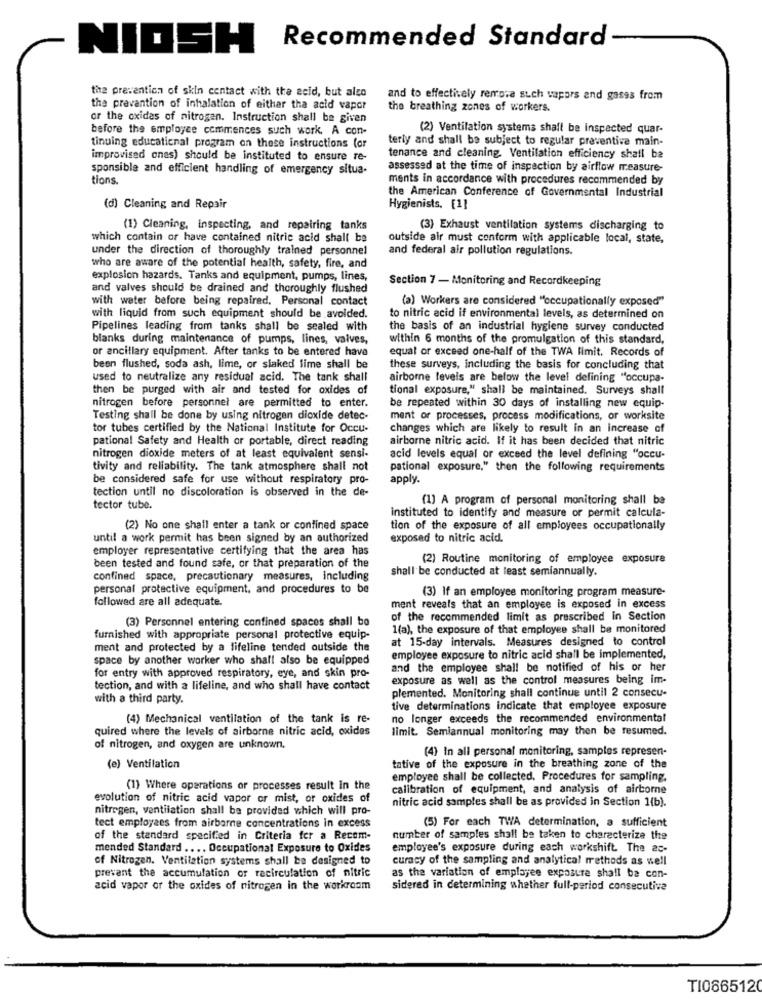
Recommended Standard
NIOSH
the prevention of skin contact with the acid, but also
and to effectively remota such vapors and gases from
the prevention of inhalation of eithar tha acid vapor
the breathing zones of workers.
or the oxides of nitrogen. Instruction shall be given
before the employee commences such work. A con-
(2) Ventilation systems shall be inspected quar-
terly and shall be subject to regular preventive main-
tinuing educational program on these instructions (or
improvised ones) should be instituted to ensure re-
tenance and cleaning. Ventilation efficiency shall be
sponsible and efficient handling of emergency situa-
assessed at the time of inspection by airflow measure-
tions
ments in accordance with procedures recommended by
the American Conference of Governmental Industrial
(d) Cleaning and Repair
Hygienists, [1]
(1) Cleaning, inspecting, and repairing tanks
(3) Exhaust ventilation systems discharging to
which contain or have contained nitric acid shall be
outside air must conform with applicable local, state,
under the direction of thoroughly trained personnel
and federal air pollution regulations.
who are aware of the potential health, safety, fire, and
explosion hazards. Tanks and equipment, pumps, lines,
Section 7 - Monitoring and Recordkeeping
and valves should be drained and thoroughly flushed
with water before being repaired. Personal contact
(a) Workers are considered "occupationally exposed"
with liquid from such equipment should be avoided.
to nitric acid if environmental levels, as determined on
Pipelines leading from tanks shall be sealed with
the basis of an industrial hygiene survey conducted
blanks during maintenance of pumps, lines, valves,
within 6 months of the promulgation of this standard,
or ancillary equipment. After tanks to be entered have
equal or exceed one-half of the TWA limit. Records of
been flushed, soda ash, lime, or slaked lime shall be
these surveys, including the basis for concluding that
used to neutralize any residual acid. The tank shall
airborne levels are below the level defining "occupa-
then be purged with air and tested for oxides of
tional exposure," shall be maintained. Surveys shall
nitrogen before personnel are permitted to enter.
be repeated within 30 days of installing new equip-
Testing shall be done by using nitrogen dioxide detec-
ment or processes, process modifications, or worksite
tor tubes certified by the National Institute for Occu-
changes which are likely to result in an increase of
pational Safety and Health or portable, direct reading
airborne nitric acid. If it has been decided that nitric
nitrogen dioxide meters of at least equivalent sensi-
acid levels equal or exceed the level defining "occu-
tivity and reliability. The tank atmosphere shall not
pational exposure," then the following requirements
be considered safe for use without respiratory pro-
apply.
tection until no discoloration is observed in the de-
[1] A program of personal monitoring shall be
tector tube.
instituted to identify and measure or permit calcula-
(2) No one shail enter a tank or confined space
tion of the exposure of all employees occupationally
until a work permit has been signed by an authorized
exposed to nitric acid.
employer representative certifying that the area has
(2) Routine monitoring of employee exposure
been tested and found safe, or that preparation of the
shall be conducted at least semiannually.
confined space, precautionary measures, including
personal protective equipment, and procedures to be
(3) If an employee monitoring program measure-
followed are all adequate.
ment reveals that an employee is exposed in excess
(3) Personnel entering confined spaces shall bo
of the recommended limit as prescribed in Section
1(a), the exposure of that employee shall be monitored
furnished with appropriate personal protective equip-
at 15-day intervals. Measures designed to control
ment and protected by a lifeline tended outside the
space by another worker who shall also be equipped
employee exposure to nitric acid shall be implemented,
for entry with approved respiratory, eye, and skin pro-
and the employee shall be notified of his or her
exposure as well as the control measures being im-
tection, and with a lifeline, and who shall have contact
plemented. Monitoring shall continue until 2 consecu-
with a third party.
tive determinations indicate that employee exposure
(4) Mechanical ventilation of the tank is re-
no longer exceeds the recommended environmental
quired where the levels of airborne nitric acid, oxides
limit. Semiannual monitoring may then be resumed.
of nitrogen, and oxygen are unknown.
(4) In all personal monitoring, samples represen-
(e) Ventilation
tative of the exposure in the breathing zone of the
employee shall be collected. Procedures for sampling.
(1) Where operations or processes result in the
calibration of equipment, and analysis of airborne
evolution of nitric acid vapor or mist, or oxides of
nitric acid samples shall be as provided in Section 1(b).
nitrogen, ventilation shall be provided which will pro-
(5) For each TWA determination, a sufficient
tect employees from airborne concentrations in excess
of the standard specified in Criteria for a Recom-
number of samples shall be taken to characterize the
mended Standard .... Occupational Exposure to Oxides
employee's exposure during each workshift. The ac-
of Nitrogen. Ventilation systems shall be designed to
curacy of the sampling and analytical methods as well
prevent the accumulation or recirculation of nitric
as the variation of employee exposure shall be con-
acid vapor or the oxides of nitrogen in the workroom
sidered in determining whether full-period consecutive
TI0665120